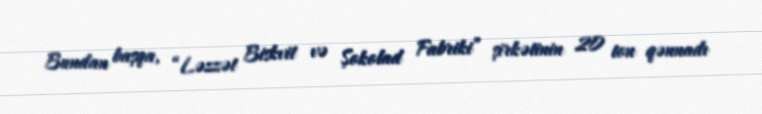
Bundan başqa, “Ləzzət Biskvit və Şokolad Fabriki” şirkətinin 20 ton qənnadı